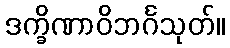
ဒက္ခိဏာဝိဘင်္ဂသုတ်။